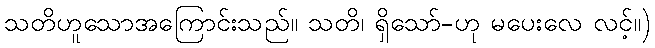
သတိဟူသောအကြောင်းသည်။ သတိ၊ ရှိသော်-ဟု မပေးလေ လင့်။)